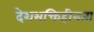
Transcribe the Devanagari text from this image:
देशभक्तिहीनता